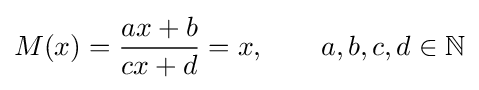
M(x)={\frac {ax+b}{cx+d}}=x,\qquad a,b,c,d\in \mathbb {N}